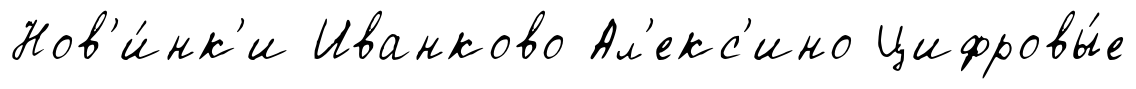
Нов'и́нк'и Иванково Ал'екс'ино Цифровы́е